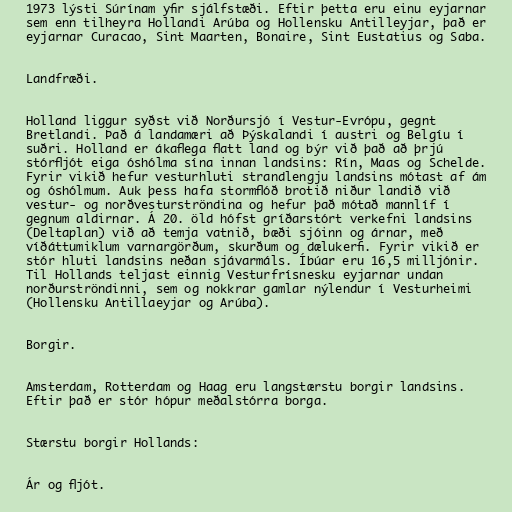
1973 lýsti Súrínam yfir sjálfstæði. Eftir þetta eru einu eyjarnar
sem enn tilheyra Hollandi Arúba og Hollensku Antilleyjar, það er
eyjarnar Curacao, Sint Maarten, Bonaire, Sint Eustatius og Saba.

Landfræði.

Holland liggur syðst við Norðursjó í Vestur-Evrópu, gegnt
Bretlandi. Það á landamæri að Þýskalandi í austri og Belgíu í
suðri. Holland er ákaflega flatt land og býr við það að þrjú
stórfljót eiga óshólma sína innan landsins: Rín, Maas og Schelde.
Fyrir vikið hefur vesturhluti strandlengju landsins mótast af ám
og óshólmum. Auk þess hafa stormflóð brotið niður landið við
vestur- og norðvesturströndina og hefur það mótað mannlíf í
gegnum aldirnar. Á 20. öld hófst gríðarstórt verkefni landsins
(Deltaplan) við að temja vatnið, bæði sjóinn og árnar, með
víðáttumiklum varnargörðum, skurðum og dælukerfi. Fyrir vikið er
stór hluti landsins neðan sjávarmáls. Íbúar eru 16,5 milljónir.
Til Hollands teljast einnig Vesturfrísnesku eyjarnar undan
norðurströndinni, sem og nokkrar gamlar nýlendur í Vesturheimi
(Hollensku Antillaeyjar og Arúba).

Borgir.

Amsterdam, Rotterdam og Haag eru langstærstu borgir landsins.
Eftir það er stór hópur meðalstórra borga.

Stærstu borgir Hollands:

Ár og fljót.